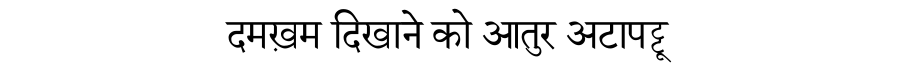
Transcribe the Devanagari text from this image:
दमख़म दिखाने को आतुर अटापट्टू